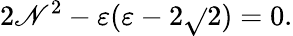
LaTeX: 2\mathscr{N}^{2}-\varepsilon(\varepsilon-2\sqrt{}{{2}})=0.